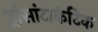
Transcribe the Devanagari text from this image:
ट्रांसांटार्कटिक